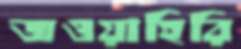
জওয়াহিরি